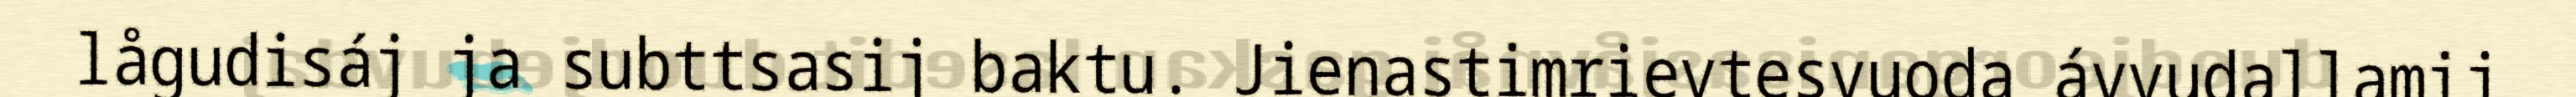
lågudisáj ja subttsasij baktu. Jienastimrievtesvuoda ávvudallamij